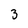
Character: 3